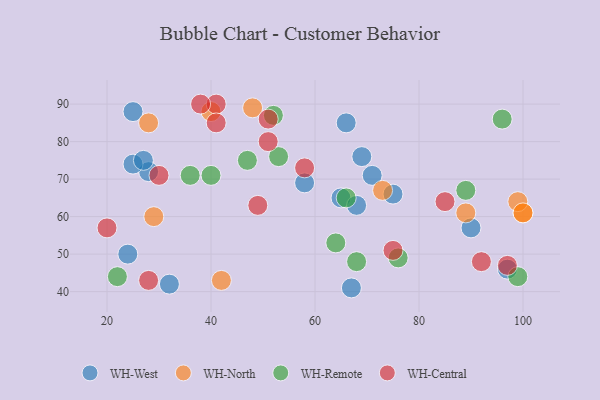
{"axis": {"x": "GDP", "y": "Life Expectancy"}, "legend": ["WH-Central", "WH-North", "WH-Remote", "WH-West"], "data": [{"x": "90", "y": 57, "type": "WH-West"}, {"x": "28", "y": 72, "type": "WH-West"}, {"x": "67", "y": 41, "type": "WH-West"}, {"x": "69", "y": 76, "type": "WH-West"}, {"x": "25", "y": 74, "type": "WH-West"}, {"x": "66", "y": 85, "type": "WH-West"}, {"x": "25", "y": 88, "type": "WH-West"}, {"x": "24", "y": 50, "type": "WH-West"}, {"x": "27", "y": 75, "type": "WH-West"}, {"x": "32", "y": 42, "type": "WH-West"}, {"x": "65", "y": 65, "type": "WH-West"}, {"x": "75", "y": 66, "type": "WH-West"}, {"x": "97", "y": 46, "type": "WH-West"}, {"x": "58", "y": 69, "type": "WH-West"}, {"x": "68", "y": 63, "type": "WH-West"}, {"x": "71", "y": 71, "type": "WH-West"}, {"x": "73", "y": 67, "type": "WH-North"}, {"x": "100", "y": 61, "type": "WH-North"}, {"x": "28", "y": 85, "type": "WH-North"}, {"x": "48", "y": 89, "type": "WH-North"}, {"x": "42", "y": 43, "type": "WH-North"}, {"x": "40", "y": 88, "type": "WH-North"}, {"x": "99", "y": 64, "type": "WH-North"}, {"x": "89", "y": 61, "type": "WH-North"}, {"x": "29", "y": 60, "type": "WH-North"}, {"x": "100", "y": 61, "type": "WH-North"}, {"x": "22", "y": 44, "type": "WH-Remote"}, {"x": "40", "y": 71, "type": "WH-Remote"}, {"x": "52", "y": 87, "type": "WH-Remote"}, {"x": "66", "y": 65, "type": "WH-Remote"}, {"x": "89", "y": 67, "type": "WH-Remote"}, {"x": "99", "y": 44, "type": "WH-Remote"}, {"x": "76", "y": 49, "type": "WH-Remote"}, {"x": "53", "y": 76, "type": "WH-Remote"}, {"x": "68", "y": 48, "type": "WH-Remote"}, {"x": "96", "y": 86, "type": "WH-Remote"}, {"x": "64", "y": 53, "type": "WH-Remote"}, {"x": "47", "y": 75, "type": "WH-Remote"}, {"x": "36", "y": 71, "type": "WH-Remote"}, {"x": "41", "y": 90, "type": "WH-Central"}, {"x": "51", "y": 80, "type": "WH-Central"}, {"x": "75", "y": 51, "type": "WH-Central"}, {"x": "30", "y": 71, "type": "WH-Central"}, {"x": "92", "y": 48, "type": "WH-Central"}, {"x": "20", "y": 57, "type": "WH-Central"}, {"x": "49", "y": 63, "type": "WH-Central"}, {"x": "38", "y": 90, "type": "WH-Central"}, {"x": "51", "y": 86, "type": "WH-Central"}, {"x": "58", "y": 73, "type": "WH-Central"}, {"x": "41", "y": 85, "type": "WH-Central"}, {"x": "85", "y": 64, "type": "WH-Central"}, {"x": "28", "y": 43, "type": "WH-Central"}, {"x": "97", "y": 47, "type": "WH-Central"}]}